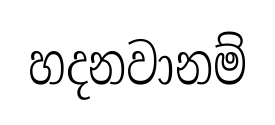
හදනවානම්